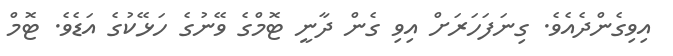
އިވިގެންދެއެވެ. ގިނަފަހަރަށް އިވި ގެން ދާނީ ޓޮމްގެ ވޭނުގެ ހަޅޭކުގެ އަޑެވެ. ޓޮމް